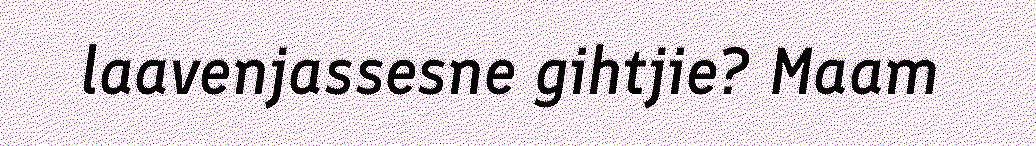
laavenjassesne gihtjie? Maam